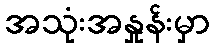
အသုံးအနှုန်းမှာ